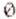
0